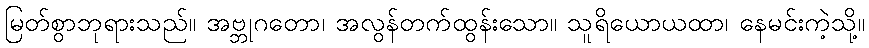
မြတ်စွာဘုရားသည်။ အဗ္ဘုဂတော၊ အလွန်တက်ထွန်းသော။ သူရိယောယထာ၊ နေမင်းကဲ့သို့။